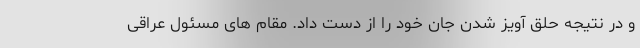
و در نتیجه حلق آویز شدن جان خود را از دست داد. مقام های مسئول عراقی